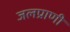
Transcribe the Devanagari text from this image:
जलप्राणी